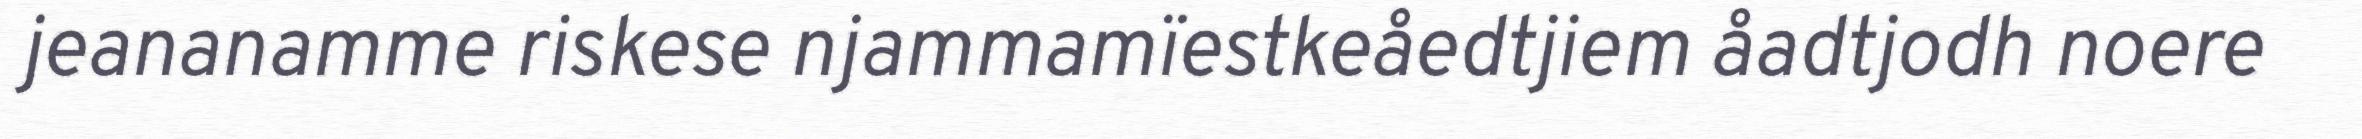
jeananamme riskese njammamïestkeåedtjiem åadtjodh noere